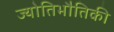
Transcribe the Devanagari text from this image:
ज्योतिभौतिकी